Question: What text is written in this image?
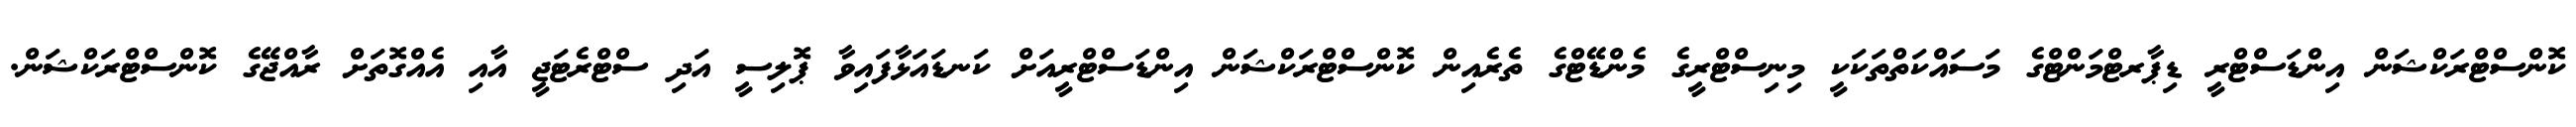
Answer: ކޮންސްޓްރަކްޝަން އިންޑަސްޓްރީ ޑިޕާރޓްމަންޓްގެ މަސައްކަތްތަކަކީ މިނިސްޓްރީގެ މެންޑޭޓްގެ ތެރެއިން ކޮންސްޓްރަކްޝަން އިންޑަސްޓްރީއަށް ކަނޑައަޅާފައިވާ ޕޮލިސީ އަދި ސްޓްރެޓަޖީ އާއި އެއްގޮތަށް ރާއްޖޭގެ ކޮންސްޓްރަކްޝަން.